Scientific memoirs by medical officers of the Army of India - Part IX,
Year: 1895
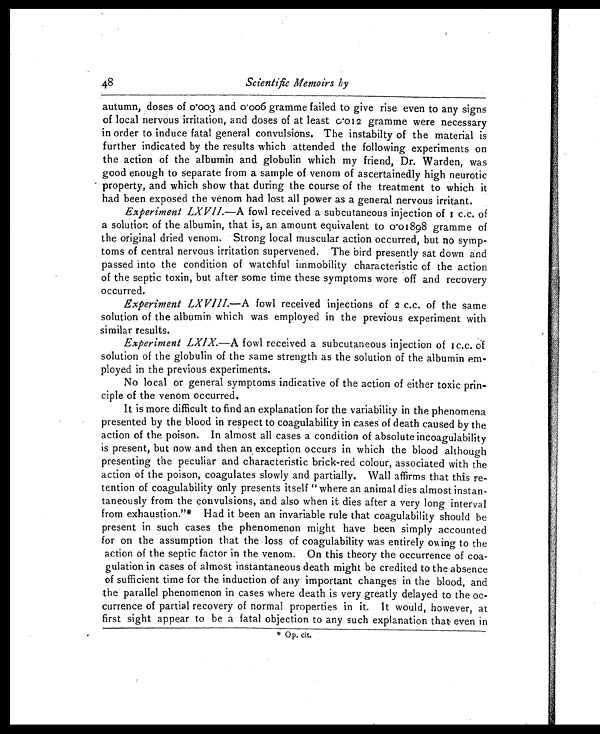
48
Scientific Memoirs by
autumn, doses of 0.003 and 0.006 gramme failed to give rise even to any signs
of local nervous irritation, and doses of at least 0.012 gramme were necessary
in order to induce fatal general convulsions. The instabilty of the material is
further indicated by the results which attended the following experiments on
the action of the albumin and globulin which my friend, Dr. Warden, was
good enough to separate from a sample of venom of ascertainedly high neurotic
property, and which show that during the course of the treatment to which it
had been exposed the venom had lost all power as a general nervous irritant.
Experiment LXVII. —A fowl received a subcutaneous injection of 1 c.c. of
a solution of the albumin, that is, an amount equivalent to 0.01898 gramme of
the original dried venom. Strong local muscular action occurred, but no symp-
toms of central nervous irritation supervened. The bird presently sat down and
passed into the condition of watchful immobility characteristic of the action
of the septic toxin, but after some time these symptoms wore off and recovery
occurred.
Experiment LXVIII. —A fowl received injections of 2 c.c. of the same
solution of the albumin which was employed in the previous experiment with
similar results.
Experiment LXIX. —A fowl received a subcutaneous injection of 1c.c. of
solution of the globulin of the same strength as the solution of the albumin em-
ployed in the previous experiments.
No local or general symptoms indicative of the action of either toxic prin-
ciple of the venom occurred.
It is more difficult to find an explanation for the variability in the phenomena
presented by the blood in respect to coagulability in cases of death caused by the
action of the poison. In almost all cases a condition of absolute incoagulability
is present, but now and then an exception occurs in which the blood although
presenting the peculiar and characteristic brick-red colour, associated with the
action of the poison, coagulates slowly and partially. Wall affirms that this re-
tention of coagulability only presents itself "where an animal dies almost instan-
taneously from the convulsions, and also when it dies after a very long interval
from exhaustion."* Had it been an invariable rule that coagulability should be
present in such cases the phenomenon might have been simply accounted
for on the assumption that the loss of coagulability was entirely owing to the
action of the septic factor in the venom. On this theory the occurrence of coa-
gulation in cases of almost instantaneous death might be credited to the absence
of sufficient time for the induction of any important changes in the blood, and
the parallel phenomenon in cases where death is very greatly delayed to the oc-
currence of partial recovery of normal properties in it. It would, however, at
first sight appear to be a fatal objection to any such explanation that even in
* Op. cit.